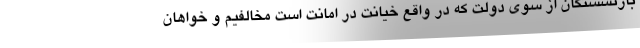
بازنشستگان از سوی دولت که در واقع خیانت در امانت است مخالفیم و خواهان